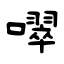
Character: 噿